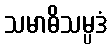
သမာဓိသမ္ပဒံ